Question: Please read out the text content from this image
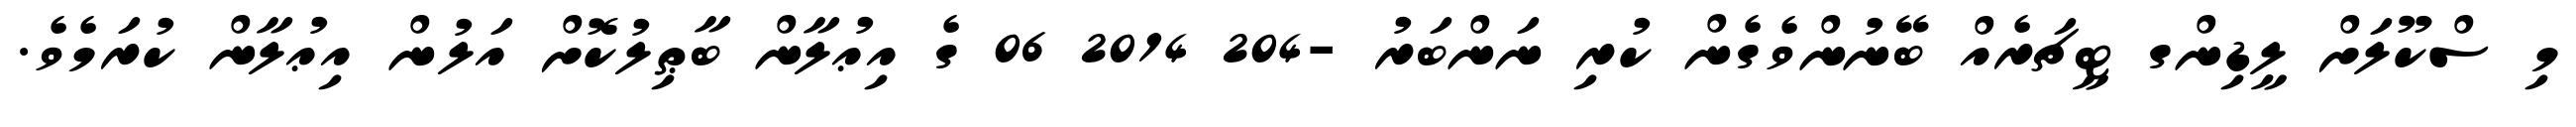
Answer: މި ސްކޫލަށް ލީޑިންގ ޓީޗަރެއް ބޭނުންވެގެން ކުރި ނަންބަރު -204 2014 06 ގެ އިޢުލާން ބާޠިލުކޮށް އަލުން އިޢުލާން ކުރަމެވެ.